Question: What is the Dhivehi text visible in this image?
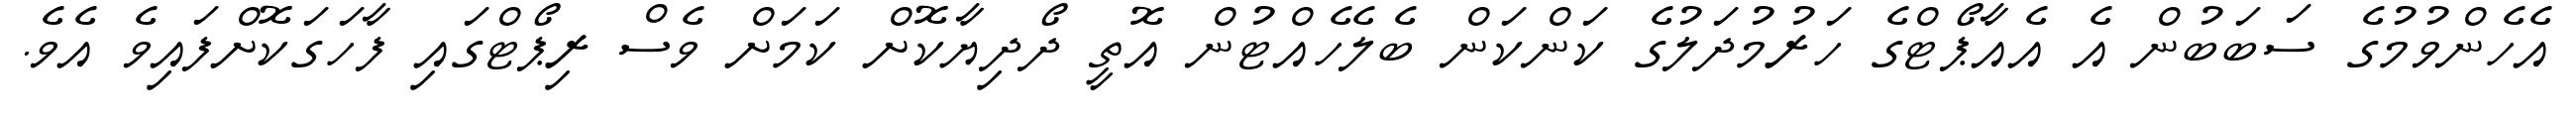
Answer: އެހެންވުމުގެ ސަބަބުން އެ އެއާޕޯޓްގެ ހަރުމުދަލުގެ ކަންކަން ބެލެހެއްޓުން އޮތީ ދޯދިޔާކޮށް ކަމަށް ވެސް ރިޕޯޓްގައި ފާހަގަކޮށްފައިވެ އެވެ.